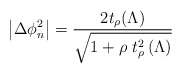
\begin{align*}\left|\Delta\phi^2_n\right|=\frac{2 t_\rho(\Lambda)}{\sqrt{1+\rho\ t_\rho^2\left(\Lambda\right)}}\end{align*}